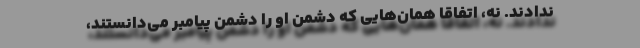
ندادند. نه، اتفاقا همان‌هایی که دشمن او را دشمن پیامبر می‌دانستند،